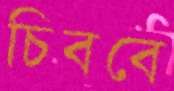
চিববে